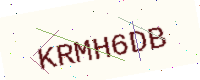
Text: KRMH6DB